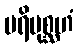
ပရိပုစ္ဆဟံ